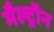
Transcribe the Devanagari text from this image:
मैल्ट्रॉन